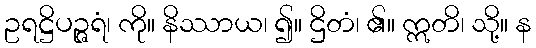
ဥရဋ္ဌိပဉ္ဇရံ၊ ကို။ နိဿာယ၊ ၍။ ဌိတံ၊ ၏။ ဣတိ၊ သို့။ န